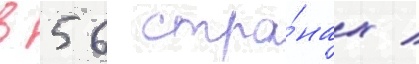
в 56 стра́нах /